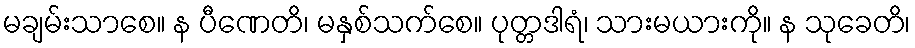
မချမ်းသာစေ။ န ပီဏေတိ၊ မနှစ်သက်စေ။ ပုတ္တဒါရံ၊ သားမယားကို။ န သုခေတိ၊